Madras plague regulations and rules - Volume 2
Disease focus: Plague
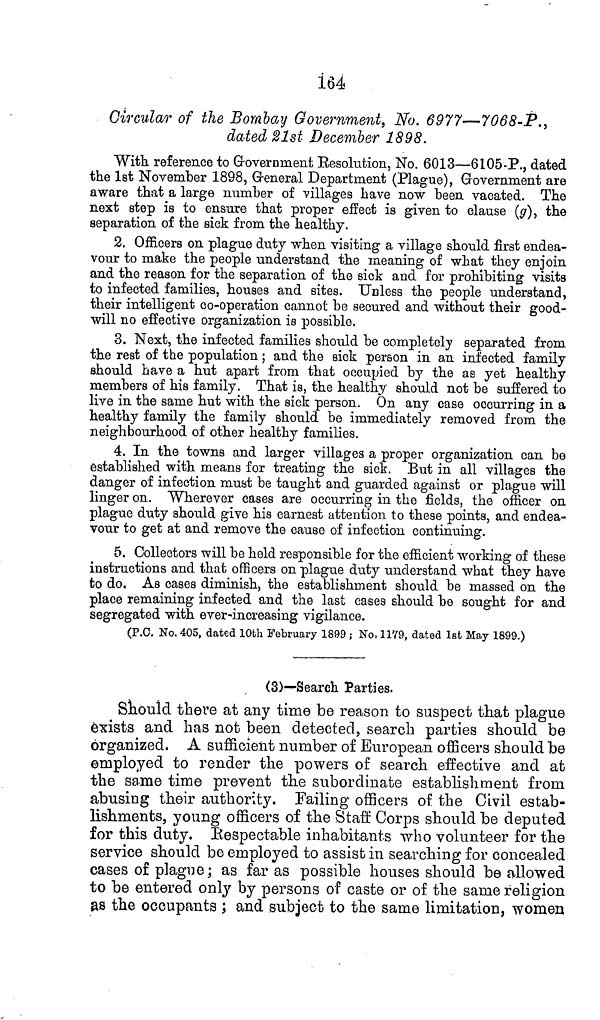
164
Circular of the Bombay Government, No. 6977—7068-P.,
dated 21st December 1898.
With reference to Government Resolution, No. 6013—6105-P., dated
the 1st November 1898, General Department (Plague), Grovernment are
aware that a large number of villages have now been vacated. The
next step is to ensure that proper effect is given to clause (g), the
separation of the sick from the healthy.
2. Officers on plague duty when visiting a village should first endea-
vour to make the people understand the meaning of what they enjoin
and the reason for the separation of the sick and for prohibiting visits
to infected families, houses and sites. Unless the people understand,
their intelligent co-operation cannot be secured and without their good-
will no effective organization is possible.
3. Next, the infected families should be completely separated from
the rest of the population; and the sick person in an infected family
should have a hut apart from that occupied by the as yet healthy
members of his family. That is, the healthy should not be suffered to
live in the same hut with the sick person. On any case occurring in a
healthy family the family should be immediately removed from the
neighbourhood of other healthy families.
4. In the towns and larger villages a proper organization can be
established with means for treating the sick. But in all villages the
danger of infection must be taught and guarded against or plague will
linger on. Wherever cases are occurring in the fields, the officer on
plague duty should give his earnest attention to these points, and endea-
vour to get at and remove the cause of infection continuing.
5. Collectors will be held responsible for the efficient working of these
instructions and that officers on plague duty understand what they have
to do. As cases diminish, the establishment should be massed on the
place remaining infected and the last cases should be sought for and
segregated with ever-increasing vigilance.
(P.O. No. 405, dated 10th February 1899 ; No. 1179, dated 1st May 1899.)
(3)—Search Parties.
Should there at any time be reason to suspect that plague
exists and has not been detected, search parties should be
organized. A sufficient number of European officers should be
employed to render the powers of search effective and at
the same time prevent the subordinate establishment from
abusing their authority. Failing officers of the Civil estab-
lishments, young officers of the Staff Corps should be deputed
for this duty. Respectable inhabitants who volunteer for the
service should be employed to assist in searching for concealed
cases of plague; as far as possible houses should be allowed
to be entered only by persons of caste or of the same religion
as the occupants ; and subject to the same limitation, women